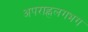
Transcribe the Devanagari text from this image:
अपराह्नलगभग